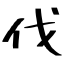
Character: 伐